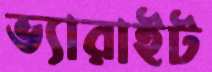
ভ্যারাইট